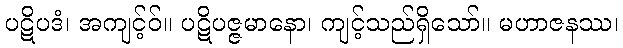
ပဋိပဒံ၊ အကျင့်ဝ်။ ပဋိပဇ္ဇမာနော၊ ကျင့်သည်ရှိသော်။ မဟာဇနဿ၊